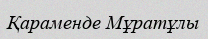
Қараменде Мұратұлы